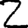
Digit: 2